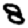
Digit: 8